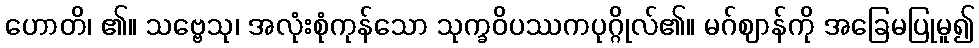
ဟောတိ၊ ၏။ သဗ္ဗေသု၊ အလုံးစုံကုန်သော သုက္ခဝိပဿကပုဂ္ဂိုလ်၏။ မဂ်ဈာန်ကို အခြေမပြုမူ၍